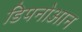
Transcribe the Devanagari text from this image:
डिपनोआन